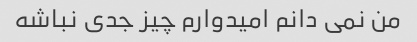
من نمی دانم امیدوارم چیز جدی نباشه